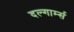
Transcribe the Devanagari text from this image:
दल्गार्म्स